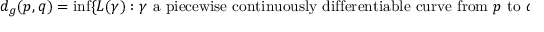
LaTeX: d _ { g } ( p , q ) = \operatorname* { i n f } \{ L ( \gamma ) : \gamma { \mathrm { ~ a ~ p i e c e w i s e ~ c o n t i n u o u s l y ~ d i f f e r e n t i a b l e ~ c u r v e ~ f r o m ~ } } p { \mathrm { ~ t o ~ } } q \} .